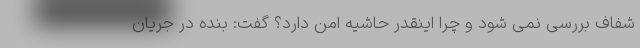
شفاف بررسی نمی شود و چرا اینقدر حاشیه امن دارد؟ گفت: بنده در جریان